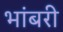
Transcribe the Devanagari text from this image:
भांबरी